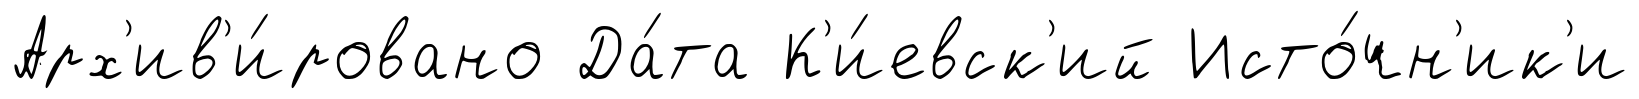
Арх'ив'и́ровано Да́та К'и́евск'ий Исто́чн'ик'и